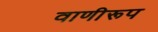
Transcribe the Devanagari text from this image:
वाणीरूप